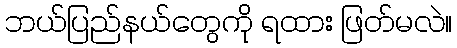
ဘယ်ပြည်နယ်တွေကို ရထား ဖြတ်မလဲ။